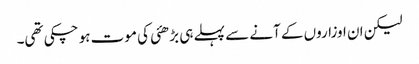
لیکن ان اوزاروں کے آنے سے پہلے ہی بڑھئی کی موت ہو چکی تھی۔